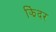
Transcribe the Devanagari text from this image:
झिंदर